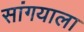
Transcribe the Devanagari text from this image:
सांगयाला